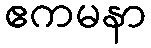
ဧကမနာ